Annual report of the Punjab Veterinary College and of the Civil Veterinary Department, Punjab - 1894-1908
Year: 1894
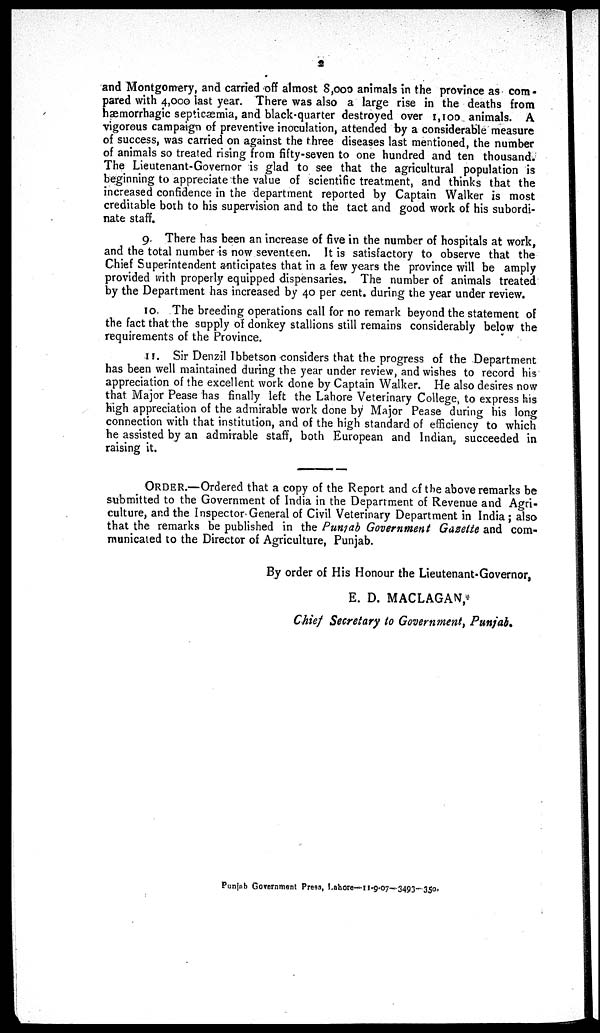
2
and Montgomery, and carried off almost 8,000 animals in the province as com-
pared with 4,000 last year. There was also a large rise in the deaths from
hæmorrhagic septicæmia, and black-quarter destroyed over 1,100 animals. A
vigorous campaign of preventive inoculation, attended by a considerable measure
of success, was carried on against the three diseases last mentioned, the number
of animals so treated rising from fifty-seven to one hundred and ten thousand.
The Lieutenant-Governor is glad to see that the agricultural population is
beginning to appreciate the value of scientific treatment, and thinks that the
increased confidence in the department reported by Captain Walker is most
creditable both to his supervision and to the tact and good work of his subordi-
nate staff.
9 There has been an increase of five in the number of hospitals at work,
and the total number is now seventeen. It is satisfactory to observe that the
Chief Superintendent anticipates that in a few years the province will be amply
provided with properly equipped dispensaries. The number of animals treated
by the Department has increased by 40 per cent. during the year under review.
10. The breeding operations call for no remark beyond the statement of
the fact that the supply of donkey stallions still remains considerably below the
requirements of the Province.
11. Sir Denzil Ibbetson considers that the progress of the Department
has been well maintained during the year under review, and wishes to record his
appreciation of the excellent work done by Captain Walker. He also desires now
that Major Pease has finally left the Lahore Veterinary College, to express his
high appreciation of the admirable work done by Major Pease during his long
connection with that institution, and of the high standard of efficiency to which
he assisted by an admirable staff, both European and Indian, succeeded in
raising it.
ORDER.—Ordered that a copy of the Report and of the above remarks be
submitted to the Government of India in the Department of Revenue and Agri-
culture, and the Inspector General of Civil Veterinary Department in India; also
that the remarks be published in the Punjab Government Gazette and com-
municated to the Director of Agriculture, Punjab.
By order of His Honour the Lieutenant-Governor,
E. D. MACLAGAN,
Chief Secretary to Government, Punjab.
Punjab Government Press, Lahore-11-9-07—3493—350.